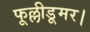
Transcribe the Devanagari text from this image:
फूल्लीडूमर।